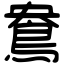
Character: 鴦